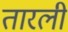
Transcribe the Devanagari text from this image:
तारली